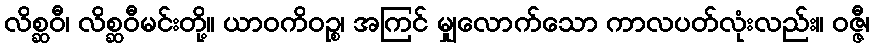
လိစ္ဆဝီ၊ လိစ္ဆဝီမင်းတို့။ ယာဝကိဝဉ္စ၊ အကြင် မျှလောက်သော ကာလပတ်လုံးလည်း။ ဝဇ္ဇီ၊